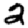
Digit: 2